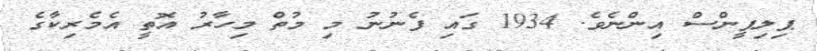
ޕިލިޕީންސް އިންނެވެ. 1934 ގައި ފެނުނު މި މުތް މިހާރު އޮތީ އެމެރިކާގެ